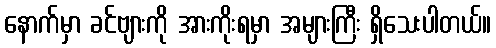
နောက်မှာ ခင်ဗျားကို အားကိုးရမှာ အများကြီး ရှိသေးပါတယ်။